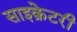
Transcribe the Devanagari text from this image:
साइक्रेटरी